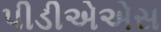
પીડીએએસ